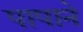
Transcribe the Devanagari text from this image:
पापाने